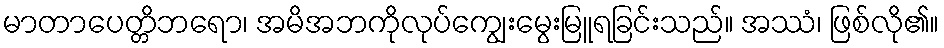
မာတာပေတ္တိဘရော၊ အမိအဘကိုလုပ်ကျွေးမွေးမြူရခြင်းသည်။ အဿံ၊ ဖြစ်လို၏။